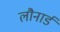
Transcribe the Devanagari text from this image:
लौनार्ड